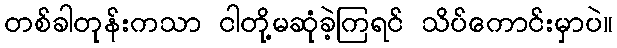
တစ်ခါတုန်းကသာ ငါတို့မဆုံခဲ့ကြရင် သိပ်ကောင်းမှာပဲ။